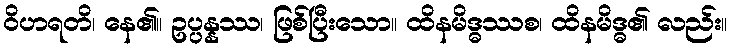
ဝိဟရတိ၊ နေ၏။ ဥပ္ပန္နဿ၊ ဖြစ်ပြီးသော။ ထိနမိဒ္ဓဿစ၊ ထိနမိဒ္ဓ၏ လည်း။